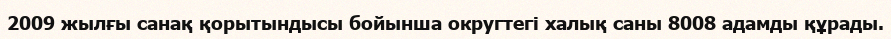
2009 жылғы санақ қорытындысы бойынша округтегі халық саны 8008 адамды құрады.